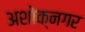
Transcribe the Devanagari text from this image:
अशोक्नगर